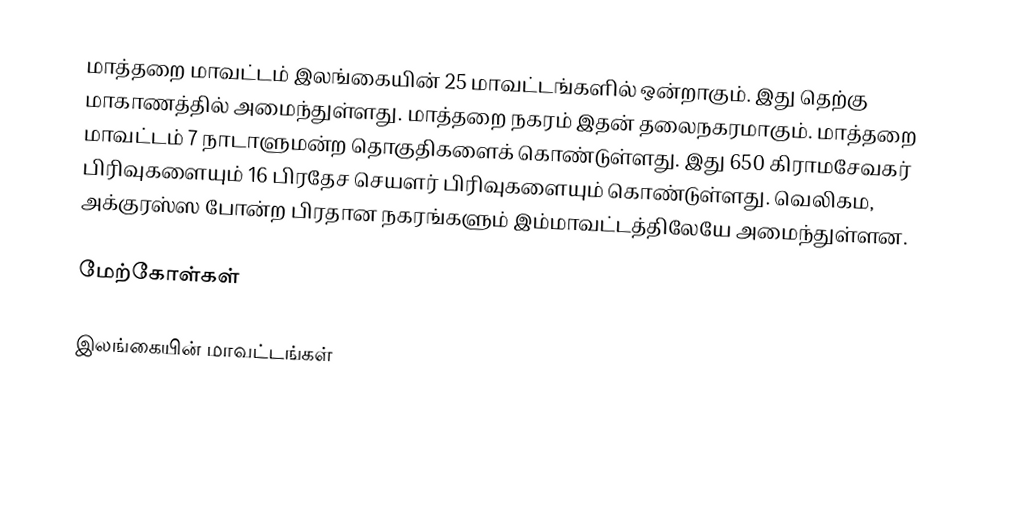
மாத்தறை மாவட்டம் இலங்கையின் 25 மாவட்டங்களில் ஒன்றாகும். இது தெற்கு மாகாணத்தில் அமைந்துள்ளது. மாத்தறை நகரம் இதன் தலைநகரமாகும். மாத்தறை மாவட்டம் 7 நாடாளுமன்ற தொகுதிகளைக் கொண்டுள்ளது. இது  650 கிராமசேவகர் பிரிவுகளையும் 16 பிரதேச செயளர் பிரிவுகளையும் கொண்டுள்ளது. வெலிகம, அக்குரஸ்ஸ போன்ற பிரதான நகரங்களும் இம்மாவட்டத்திலேயே அமைந்துள்ளன.

மேற்கோள்கள்

இலங்கையின் மாவட்டங்கள்